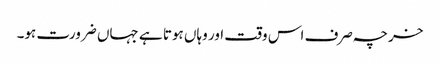
خرچہ صرف اس وقت اور وہاں ہوتا ہے جہاں ضرورت ہو۔